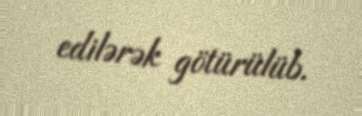
edilərək götürülüb.